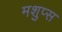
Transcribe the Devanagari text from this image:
मशुप्स